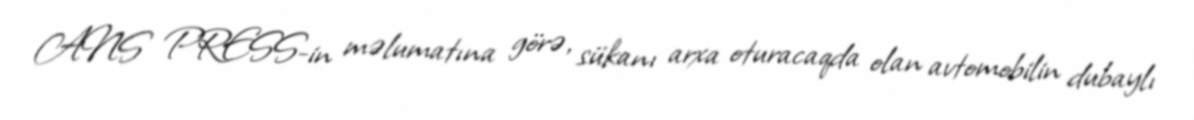
ANS PRESS-in məlumatına görə, sükanı arxa oturacaqda olan avtomobilin dubaylı